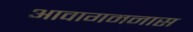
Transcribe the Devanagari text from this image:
आवागमनास